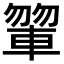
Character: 𨍂